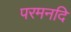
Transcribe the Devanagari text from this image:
परमनदि